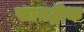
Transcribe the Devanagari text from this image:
सायट्रीक